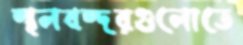
স্থলবন্দরগুলোতে